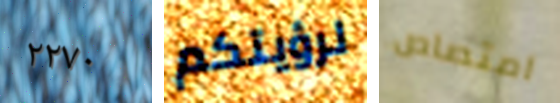
٢٢٧٠ لرؤيتكم امتصاص